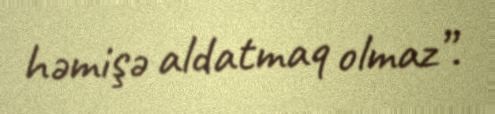
həmişə aldatmaq olmaz”.